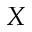
X